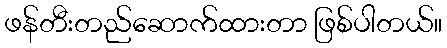
ဖန်တီးတည်ဆောက်ထားတာ ဖြစ်ပါတယ်။